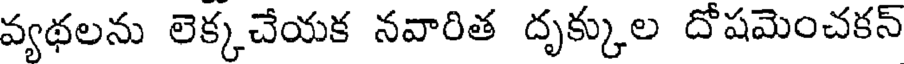
వ్యథలను లెక్కచేయక నవారిత దృక్కుల దోషమెంచకన్